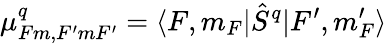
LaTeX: \mu_{Fm,F^{\prime}mF^{\prime}}^{q}=\langle F,m_{F}|\hat{S}^{q}|F^{\prime},m_{F}^{\prime}\rangle